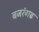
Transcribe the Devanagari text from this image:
बजरंगढ